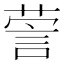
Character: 𰴯